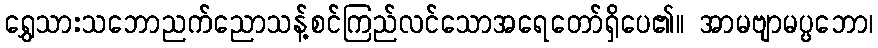
ရွှေသားသဘောညက်ညောသန့်စင်ကြည်လင်သောအရေတော်ရှိပေ၏။ အာမဗျာမပ္ပဘော၊